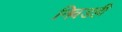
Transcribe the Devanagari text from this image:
निवडही